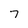
Character: 7